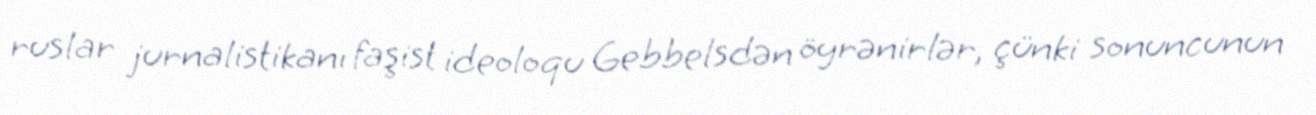
ruslar jurnalistikanı faşist ideoloqu Gebbelsdən öyrənirlər, çünki sonuncunun